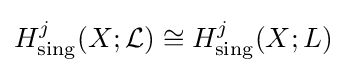
H_{\mathrm {sing} }^{j}(X;{\mathcal {L}})\cong H_{\mathrm {sing} }^{j}(X;L)